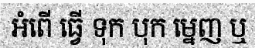
អំពើ ធ្វើ ទុក បុក ម្នេញ ឬ